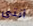
انتى